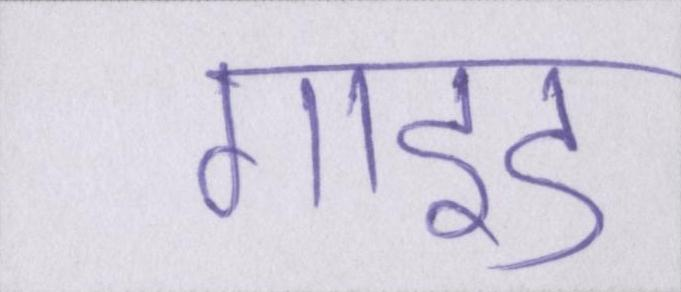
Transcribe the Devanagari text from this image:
गाइड